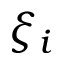
\xi _ { i }